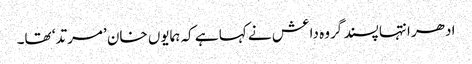
ادھر انتہا پسند گروہ داعش نے کہا ہے کہ ہمایوں خان ’مرتد‘ تھا۔